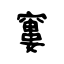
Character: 窶